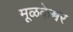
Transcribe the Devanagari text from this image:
मूळकेश्वर